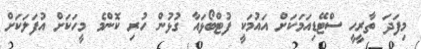
މިފަދަ ތާރީހީ ސްޓޭޑިއަމަކަށް އައުމަކީ ފުޓްބޯޅައާ ގުޅުން ހުރި ކޮންމެ މީހަކަށް އުފަލަކަށް